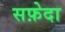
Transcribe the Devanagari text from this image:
सफ़ेदा